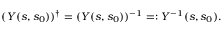
( Y ( s , s _ { 0 } ) ) ^ { \dag } = ( Y ( s , s _ { 0 } ) ) ^ { - 1 } = : Y ^ { - 1 } ( s , s _ { 0 } ) .